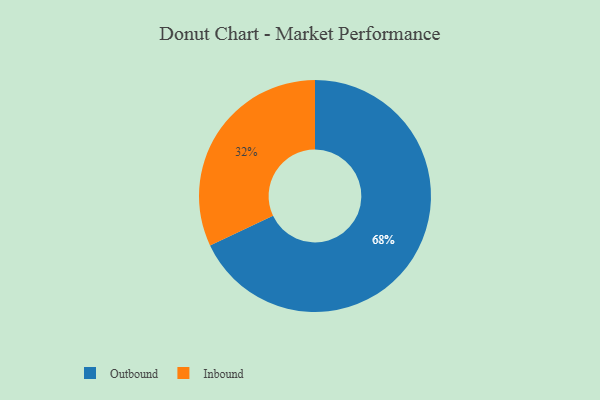
{"axis": {"x": "Category", "y": "Percentage"}, "legend": ["Inbound", "Outbound"], "data": [{"x": "Outbound", "y": 68, "type": "Outbound"}, {"x": "Inbound", "y": 32, "type": "Inbound"}]}